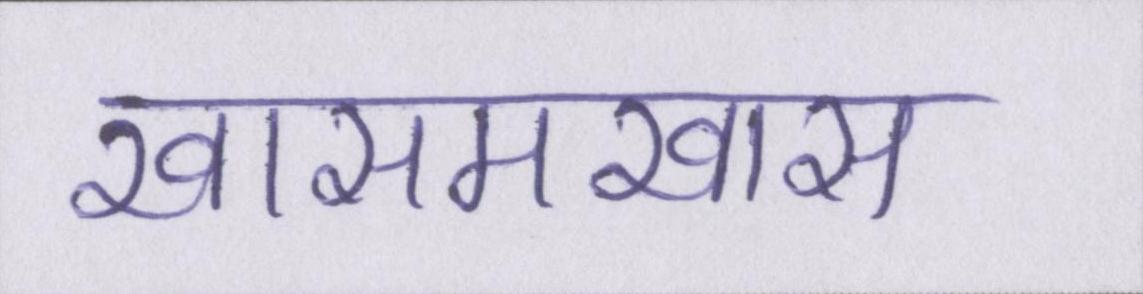
खासमखास